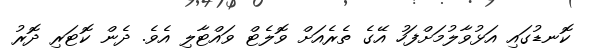
ކޮނޑުގައި އަޅުވާލުމަށްފަހު އޭގެ ތެރެއަށް ވޮލެޓް ވައްޓާލި އެވެ. ދެން ކޮޓަރި ދޮރު